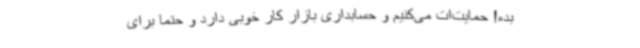
بده! حمایت‌ات می‌کنیم و حسابداری بازار کار خوبی دارد و حتماً برای